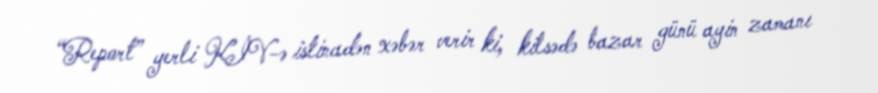
“Report” yerli KİV-ə istinadən xəbər verir ki, kilsədə bazar günü ayin zamanı